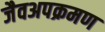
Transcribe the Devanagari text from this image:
जैवअपक्रमण